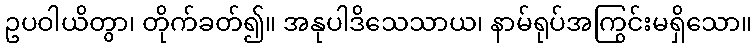
ဥပဝါယိတွာ၊ တိုက်ခတ်၍။ အနုပါဒိသေသာယ၊ နာမ်ရုပ်အကြွင်းမရှိသော။